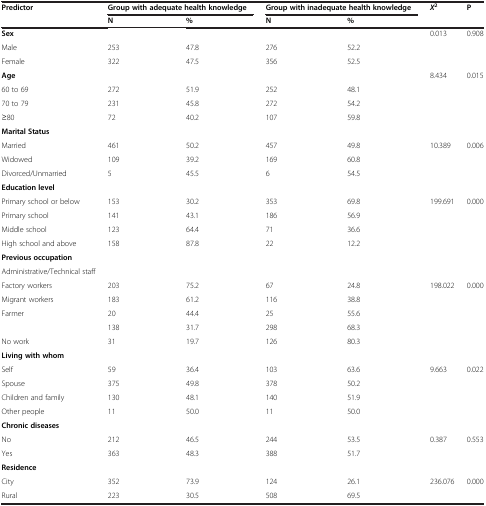
<table><thead><tr><td><b>Predictor</b></td><td colspan="2"><b>Group with adequate health knowledge</b></td><td colspan="2"><b>Group with inadequate health knowledge</b></td><td><b><i>X</i><sup>2</sup></b></td><td><b>P</b></td></tr><tr><td><b> </b></td><td><b>N</b></td><td><b>%</b></td><td><b>N</b></td><td><b>%</b></td><td><b> </b></td><td><b> </b></td></tr></thead><tbody><tr><td><b>Sex</b></td><td> </td><td> </td><td> </td><td> </td><td>0.013</td><td>0.908</td></tr><tr><td>Male</td><td>253</td><td>47.8</td><td>276</td><td>52.2</td><td> </td><td> </td></tr><tr><td>Female</td><td>322</td><td>47.5</td><td>356</td><td>52.5</td><td> </td><td> </td></tr><tr><td><b>Age</b></td><td> </td><td> </td><td> </td><td> </td><td>8.434</td><td>0.015</td></tr><tr><td>60 to 69</td><td>272</td><td>51.9</td><td>252</td><td>48.1</td><td> </td><td> </td></tr><tr><td>70 to 79</td><td>231</td><td>45.8</td><td>272</td><td>54.2</td><td> </td><td> </td></tr><tr><td>≥80</td><td>72</td><td>40.2</td><td>107</td><td>59.8</td><td> </td><td> </td></tr><tr><td><b>Marital Status</b></td><td> </td><td> </td><td> </td><td> </td><td> </td><td> </td></tr><tr><td>Married</td><td>461</td><td>50.2</td><td>457</td><td>49.8</td><td>10.389</td><td>0.006</td></tr><tr><td>Widowed</td><td>109</td><td>39.2</td><td>169</td><td>60.8</td><td> </td><td> </td></tr><tr><td>Divorced/Unmarried</td><td>5</td><td>45.5</td><td>6</td><td>54.5</td><td> </td><td> </td></tr><tr><td><b>Education level</b></td><td> </td><td> </td><td> </td><td> </td><td> </td><td> </td></tr><tr><td>Primary school or below</td><td>153</td><td>30.2</td><td>353</td><td>69.8</td><td>199.691</td><td>0.000</td></tr><tr><td>Primary school</td><td>141</td><td>43.1</td><td>186</td><td>56.9</td><td> </td><td> </td></tr><tr><td>Middle school</td><td>123</td><td>64.4</td><td>71</td><td>36.6</td><td> </td><td> </td></tr><tr><td>High school and above</td><td>158</td><td>87.8</td><td>22</td><td>12.2</td><td> </td><td> </td></tr><tr><td><b>Previous occupation</b></td><td> </td><td> </td><td> </td><td> </td><td> </td><td> </td></tr><tr><td>Administrative/Technical staff</td><td> </td><td> </td><td> </td><td> </td><td> </td><td> </td></tr><tr><td>Factory workers</td><td>203</td><td>75.2</td><td>67</td><td>24.8</td><td>198.022</td><td>0.000</td></tr><tr><td>Migrant workers</td><td>183</td><td>61.2</td><td>116</td><td>38.8</td><td> </td><td> </td></tr><tr><td>Farmer</td><td>20</td><td>44.4</td><td>25</td><td>55.6</td><td> </td><td> </td></tr><tr><td> </td><td>138</td><td>31.7</td><td>298</td><td>68.3</td><td> </td><td> </td></tr><tr><td>No work</td><td>31</td><td>19.7</td><td>126</td><td>80.3</td><td> </td><td> </td></tr><tr><td><b>Living with whom</b></td><td> </td><td> </td><td> </td><td> </td><td> </td><td> </td></tr><tr><td>Self</td><td>59</td><td>36.4</td><td>103</td><td>63.6</td><td>9.663</td><td>0.022</td></tr><tr><td>Spouse</td><td>375</td><td>49.8</td><td>378</td><td>50.2</td><td> </td><td> </td></tr><tr><td>Children and family</td><td>130</td><td>48.1</td><td>140</td><td>51.9</td><td> </td><td> </td></tr><tr><td>Other people</td><td>11</td><td>50.0</td><td>11</td><td>50.0</td><td> </td><td> </td></tr><tr><td><b>Chronic diseases</b></td><td> </td><td> </td><td> </td><td> </td><td> </td><td> </td></tr><tr><td>No</td><td>212</td><td>46.5</td><td>244</td><td>53.5</td><td>0.387</td><td>0.553</td></tr><tr><td>Yes</td><td>363</td><td>48.3</td><td>388</td><td>51.7</td><td> </td><td> </td></tr><tr><td><b>Residence</b></td><td> </td><td> </td><td> </td><td> </td><td> </td><td> </td></tr><tr><td>City</td><td>352</td><td>73.9</td><td>124</td><td>26.1</td><td>236.076</td><td>0.000</td></tr><tr><td>Rural</td><td>223</td><td>30.5</td><td>508</td><td>69.5</td><td> </td><td> </td></tr></tbody></table>